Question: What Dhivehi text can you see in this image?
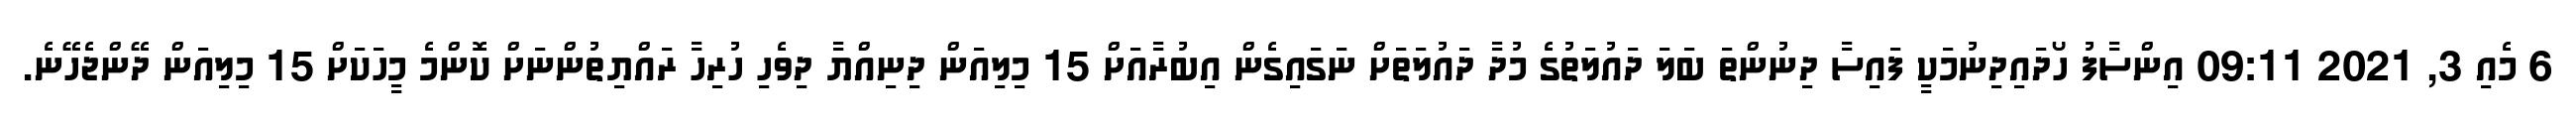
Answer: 6 މެއި 3, 2021 09:11 އިންސާފު ހޯދައިދިނުމަކީ ފައިސާ ދިނުންތަ ބަލަ ދައުލަތުގެ މުދާ ދައުލަތަށް ނަގައިގެން އިބުރާއަށް 15 މިލިއަން ދިނިއްޔާ ދިވެހި ހުރިހާ ރައްޔިތުންނަށް ކޮންމެ މީހަކަށް 15 މިލިއަން ދޭންޖެހޭނެ.